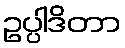
ဥပ္ပါဒိတာ